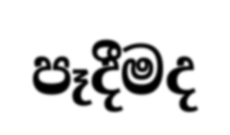
පෑදීමද